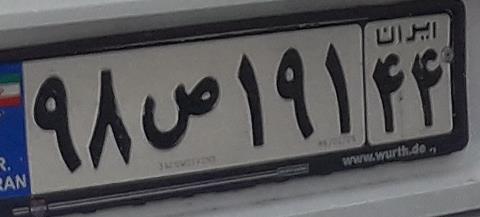
۹۸ص۱۹۱۴۴